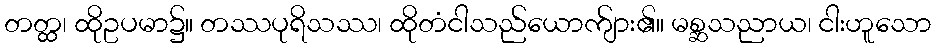
တတ္ထ၊ ထိုဥပမာ၌။ တဿပုရိသဿ၊ ထိုတံငါသည်ယောက်ျား၏။ မစ္ဆသညာယ၊ ငါးဟူသော